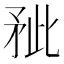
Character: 𰦐